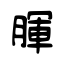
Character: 腪